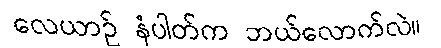
လေယာဉ် နံပါတ်က ဘယ်လောက်လဲ။